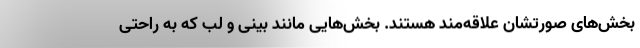
بخش‌های صورتشان علاقه‌مند هستند. بخش‌هایی مانند بینی و لب که به راحتی